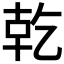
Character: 𪟴